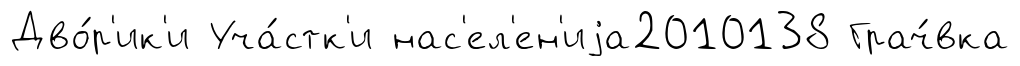
Дво́р'ик'и Уча́стк'и нас'ел'ен'иjа2010138 Грач́вка